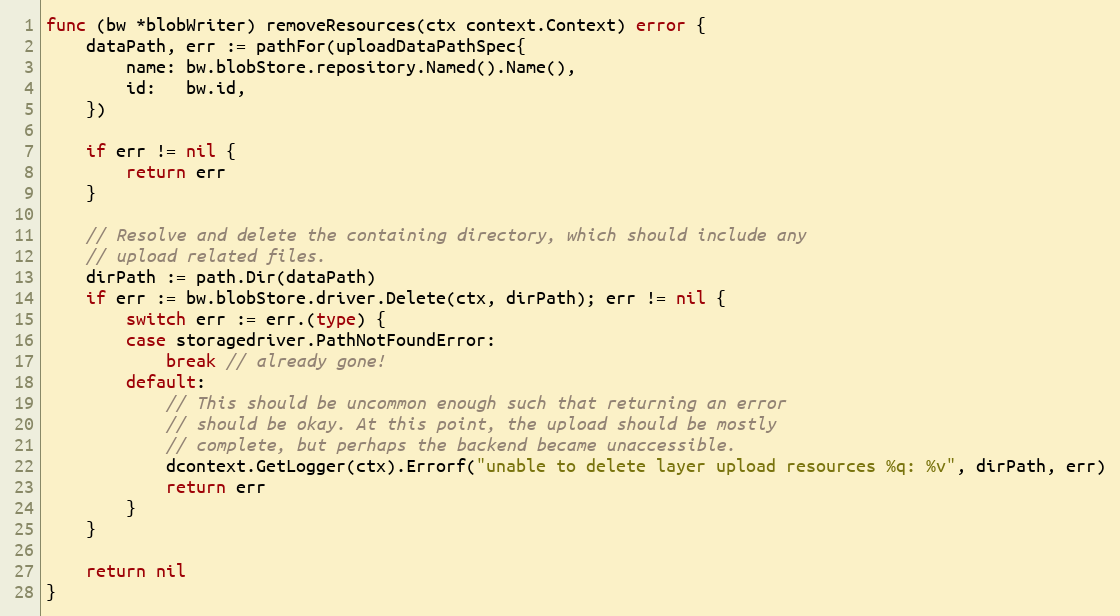
Language: Go
func (bw *blobWriter) removeResources(ctx context.Context) error {
	dataPath, err := pathFor(uploadDataPathSpec{
		name: bw.blobStore.repository.Named().Name(),
		id:   bw.id,
	})

	if err != nil {
		return err
	}

	// Resolve and delete the containing directory, which should include any
	// upload related files.
	dirPath := path.Dir(dataPath)
	if err := bw.blobStore.driver.Delete(ctx, dirPath); err != nil {
		switch err := err.(type) {
		case storagedriver.PathNotFoundError:
			break // already gone!
		default:
			// This should be uncommon enough such that returning an error
			// should be okay. At this point, the upload should be mostly
			// complete, but perhaps the backend became unaccessible.
			dcontext.GetLogger(ctx).Errorf("unable to delete layer upload resources %q: %v", dirPath, err)
			return err
		}
	}

	return nil
}